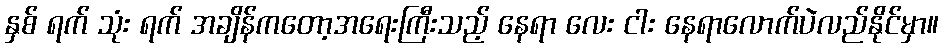
နှစ် ရက် သုံး ရက် အချိန်ကတော့အရေးကြီးသည့် နေရာ လေး ငါး နေရာလောက်ပဲလည်နိုင်မှာ။